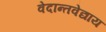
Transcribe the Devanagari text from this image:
वेदान्तवेद्याय